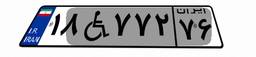
۳۹W۲۳۹۰۸